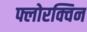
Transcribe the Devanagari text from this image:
फ्लोरक्विन